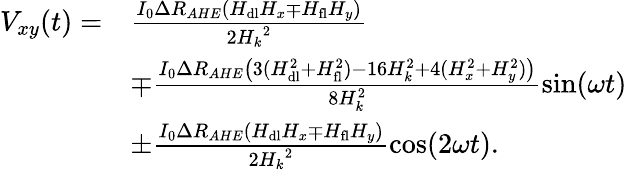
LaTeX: \begin{array}{rl}{V_{xy}(t)=}&{\frac{I_{0}\Delta R_{AHE}\left(H_{\mathrm{dl}}H_{x}\mp H_{\mathrm{fl}}H_{y}\right)}{2{H_{k}}^{2}}}\\ &{\mp\frac{I_{0}\Delta R_{AHE}\left(3(H_{\mathrm{dl}}^{2}+H_{\mathrm{fl}}^{2})-16H_{k}^{2}+4(H_{x}^{2}+H_{y}^{2})\right)}{8H_{k}^{2}}\sin(\omega t)}\\ &{\pm\frac{I_{0}\Delta R_{AHE}\left(H_{\mathrm{dl}}H_{x}\mp H_{\mathrm{fl}}H_{y}\right)}{2{H_{k}}^{2}}\cos(2\omega t).}\end{array}